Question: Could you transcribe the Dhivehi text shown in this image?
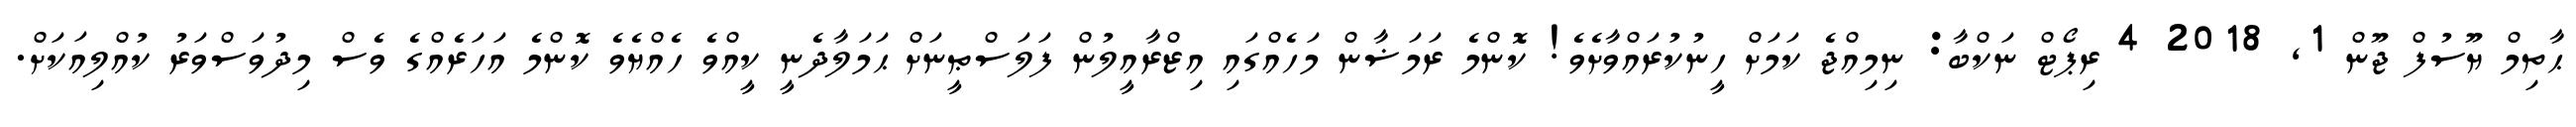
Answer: ޙާތިމް ޔޫސުފް ޖޫން 1, 2018 4 ރިޕޯޓް ނަކްބާ: ނިމިއްޖެ ކަމަށް ހީނުކުރައްވާށެވެ! ކޮންމެ ރަމަޟާން މަހެއްގައި އިޒްރާއީލުން ފަލަސްޠީނަށް ޙަމަލާދެނީ ކީއްވެ ހެއްޔެވެ ކޮންމެ އަހަރެއްގެ ވެސް މިދުވަސްވަރު ކުއްލިއަކަށް.